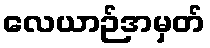
လေယာဉ်အမှတ်